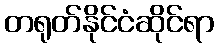
တရုတ်နိုင်ငံဆိုင်ရာ